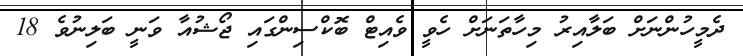
ދެމީހުންނަށް ބަލާއިރު މިހާތަނަށް ހެވީ ވެއިޓް ބޮކްސިންގައި ޖޯޝުއާ ވަނީ ބަލިނުވެ 18